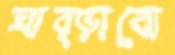
ঘাব্‌ড়াবো